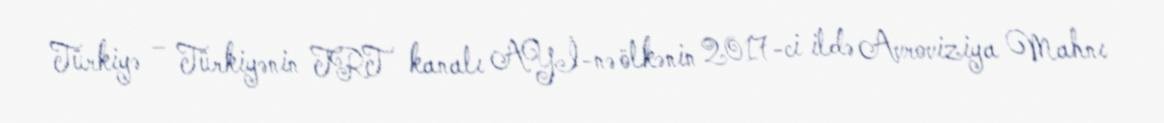
Türkiyə – Türkiyənin TRT kanalı AYİ-nə ölkənin 2017-ci ildə Avroviziya Mahnı